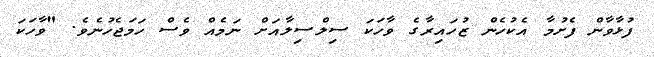
ފުޅާވާން ފެށުމާ އެކުހެން ޒުހައިރާގެ ވާހަކަ ސިލްސިލާއަށް ނަމެއް ވެސް ހަމަޖެހުނެވެ. "ވާހަކަ